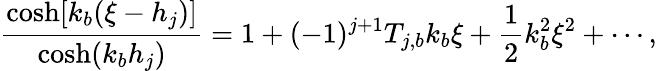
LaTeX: \frac{\cosh[k_{b}(\xi-h_{j})]}{\cosh(k_{b}h_{j})}=1+(-1)^{j+1}T_{j,b}k_{b}\xi+\frac{1}{2}k_{b}^{2}\xi^{2}+\cdots,